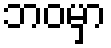
ဘဝမှာ